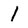
Character: l